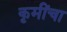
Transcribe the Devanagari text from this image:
कृमींचा